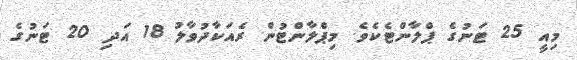
މިއީ 25 ޓަނުގެ ޕްލާންޓެކެވެ. މިޕްލާންޓުން ރެއަކާދުވާލު 18 އަދި 20 ޓަނުގެ